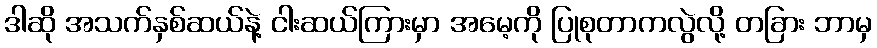
ဒါဆို အသက်နှစ်ဆယ်နဲ့ ငါးဆယ်ကြားမှာ အမေ့ကို ပြုစုတာကလွဲလို့ တခြား ဘာမှ